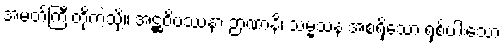
အမတ်ကြီးတို့ကဲ့သို့။ အဋ္ဌဝိပဿနာ ဉာဏာနိ၊ သမ္မသန အစရှိသော ရှစ်ပါးသော